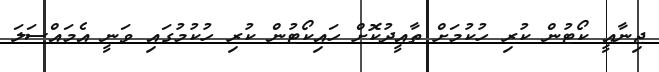
ޖިނާއީ ކޯޓުން ކުރި ހުކުމަށް ތާއީދުކޮށް ހައިކޯޓުން ކުރި ހުކުމުގައި ވަނީ އެމައްސަލަ